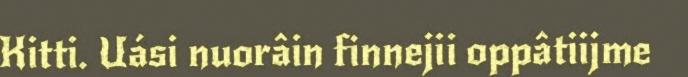
Kitti. Uási nuorâin finnejii oppâtiijme